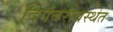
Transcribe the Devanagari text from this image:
दिगंबरावस्थेत